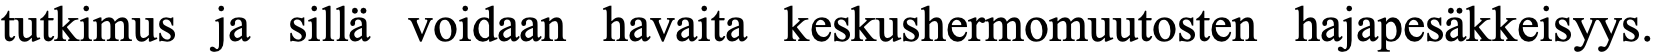
tutkimus ja sillä voidaan havaita keskushermomuutosten hajapesäkkeisyys.